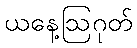
ယနေ့ဩဂုတ်